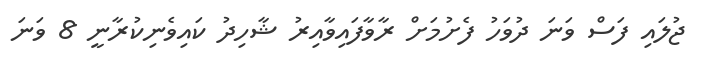
ޖުލައި ފަސް ވަނަ ދުވަހު ފެށުމަށް ރާވާފައިވާއިރު ޝާހިދު ކައިވެނިކުރާނީ 8 ވަނަ